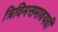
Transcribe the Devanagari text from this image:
त्रिविमसमावयवी